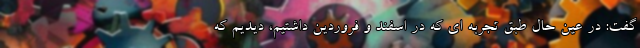
گفت: در عین حال طبق تجربه ای که در اسفند و فروردین داشتیم، دیدیم که